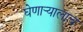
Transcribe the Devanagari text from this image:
घेणार्‍यालाच